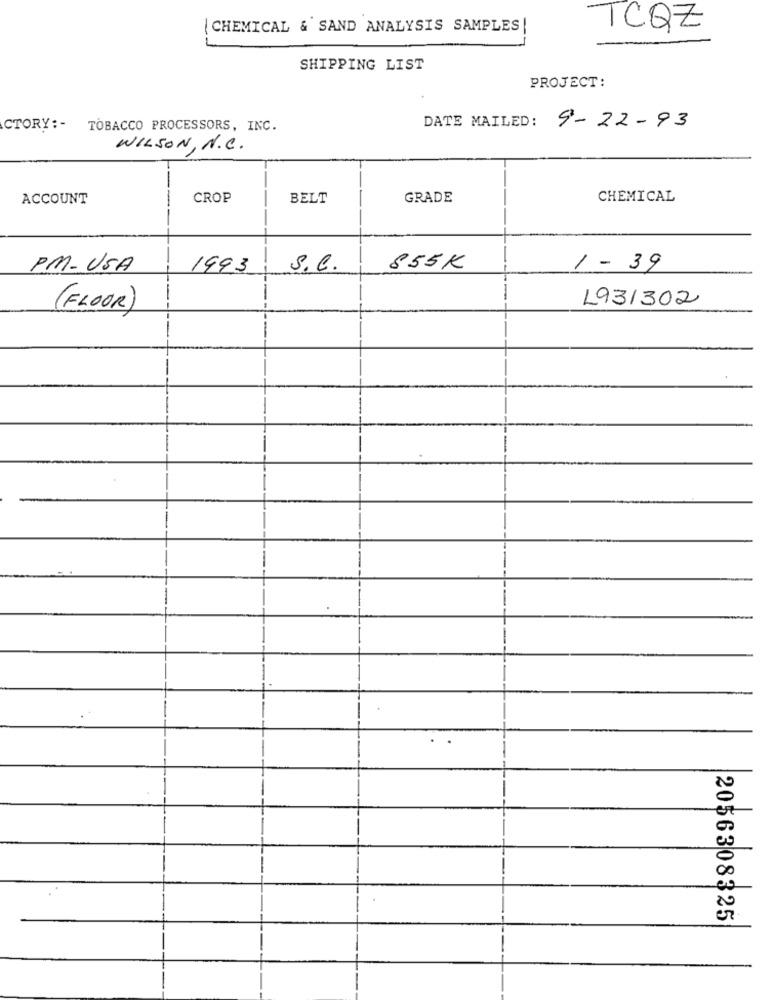
|CHEMICAL & SAND ANALYSIS SAMPLES
TCQZ
SHIPPING LIST
PROJECT:
CTORY: -
TOBACCO PROCESSORS, INC.
DATE MAILED: 9-22-93
WILSON , N.C.
ACCOUNT
CROP
BELT
GRADE
CHEMICAL
--
PM- USA
1993
S.C.
855K
1 - 39
L931302
( FLOOR)
20563 08325